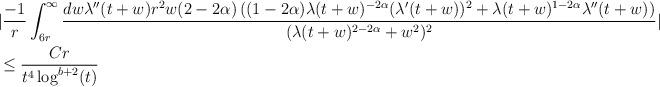
LaTeX: \begin{align*} &|\frac{-1}{r} \int_{6r}^{\infty} \frac{dw \lambda''(t+w) r^{2} w (2-2\alpha) \left((1-2\alpha)\lambda(t+w)^{-2\alpha}(\lambda'(t+w))^{2} + \lambda(t+w)^{1-2\alpha} \lambda''(t+w)\right)}{(\lambda(t+w)^{2-2\alpha}+w^{2})^{2}}|\\&\leq \frac{C r}{t^{4} \log^{b+2}(t)}\end{align*}